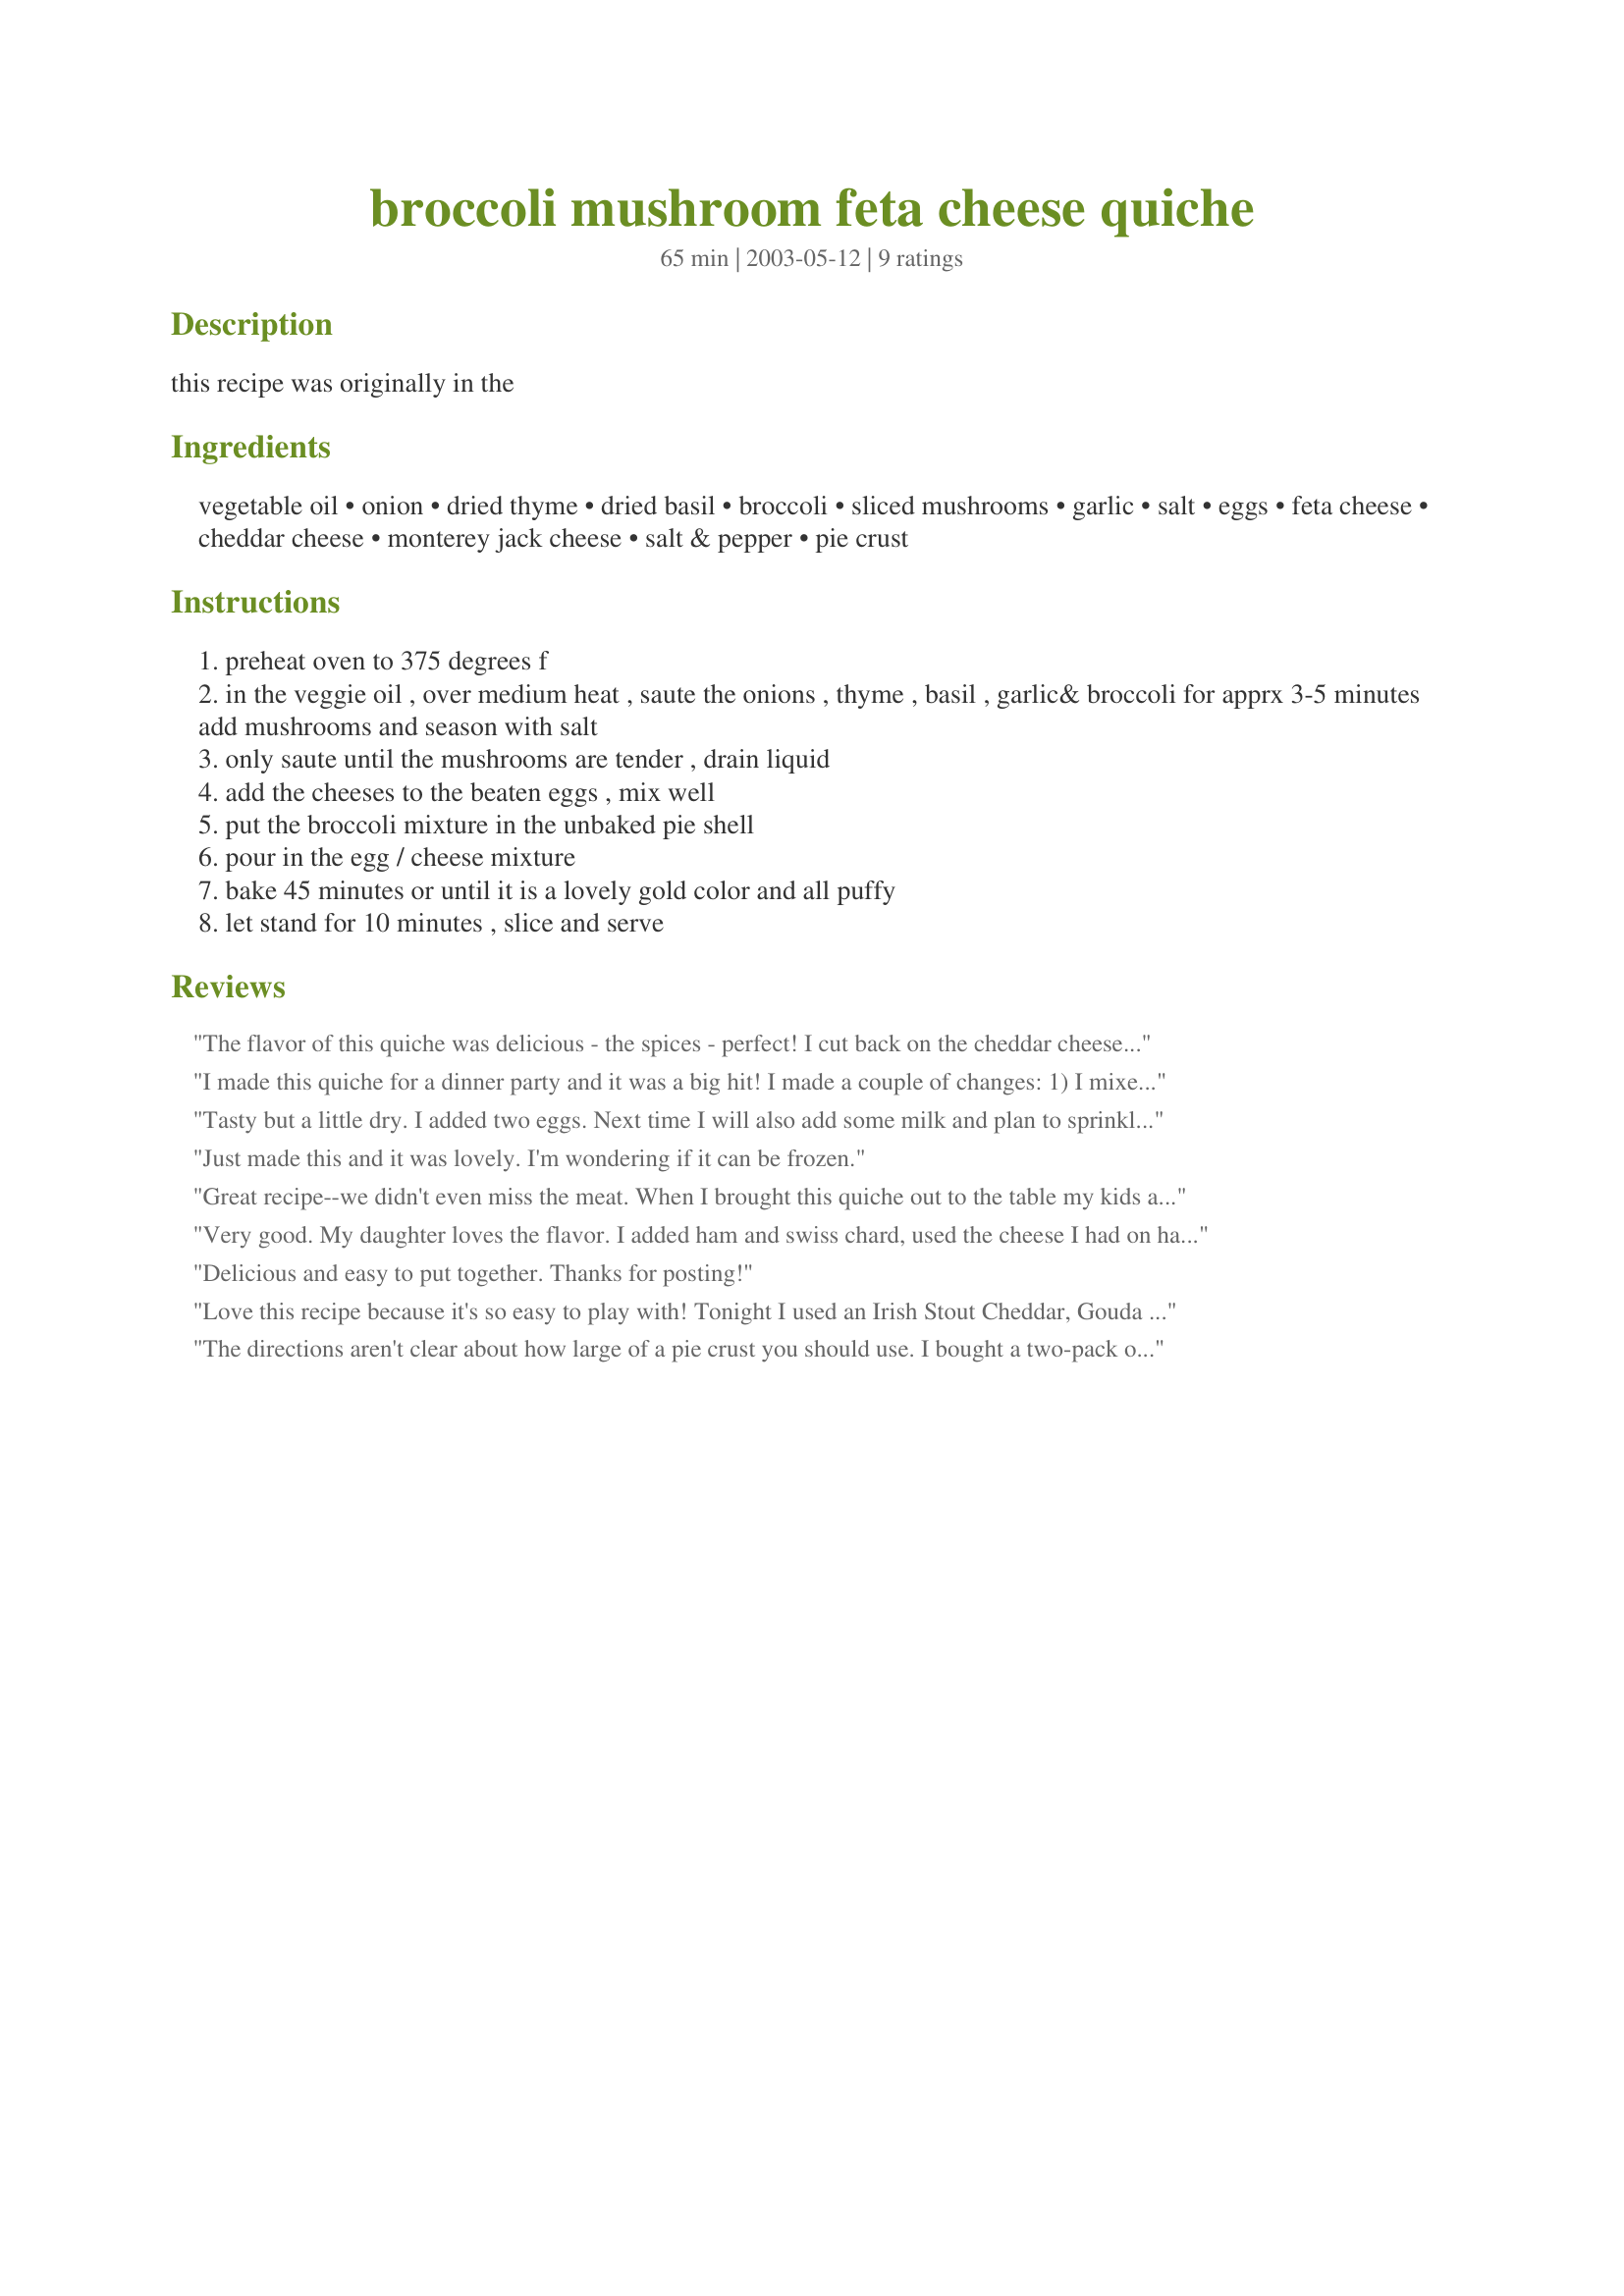
broccoli mushroom feta cheese quiche
Preparation time: 65 minutes

this recipe was originally in the

Ingredients:
vegetable oil, onion, dried thyme, dried basil, broccoli, sliced mushrooms, garlic, salt, eggs, feta cheese, cheddar cheese, monterey jack cheese, salt & pepper, pie crust

Steps:
preheat oven to 375 degrees f
in the veggie oil , over medium heat , saute the onions , thyme , basil , garlic& broccoli for apprx 3-5 minutes add mushrooms and season with salt
only saute until the mushrooms are tender , drain liquid
add the cheeses to the beaten eggs , mix well
put the broccoli mixture in the unbaked pie shell
pour in the egg / cheese mixture
bake 45 minutes or until it is a lovely gold color and all puffy
let stand for 10 minutes , slice and serve

Reviews:
The flavor of this quiche was delicious - the spices - perfect! I cut back on the cheddar cheese to only 1 cup. I also used 1/2 cup chopped onion and I mixed 3 green onions in the egg and cheese mixture. Into the broccoli mixture I added a grilled chicken breast that was seasoned with salt, pepper, garlic powder and onion powder. My husband said he would eat this, but he wanted some meat in it. I like this, but I didn't care for the fact that the egg and cheese mixture was more of a topping. I will make it again but I will mix all ingredients together so that it binds together more.
I made this quiche for a dinner party and it was a big hit! I made a couple of changes: 1) I mixed the veggies and toppings together to keep it more cohesive. 2) I considerably reduced the amount of shredded cheese- 1/2 cup in the mixture, 1/2 cup sprinkled on top. I made them in 12 mini cupcake sized pie crusts so baking time was reduced by 15 minutes. Delicious!
Tasty but a little dry. I added two eggs. Next time I will also add some milk and plan to sprinkle the cheese over the broccoli they pour the milk and egg mixture over the top. I will also cut back a bit on the cheese.
Just made this and it was lovely. I'm wondering if it can be frozen.
Great recipe--we didn't even miss the meat. When I brought this quiche out to the table my kids asked if we were having pizza pie for dinner--it looked so yummy and smelled great when it was cooking. We ate every crumb. The only change I may make next time is to use a bigger pie pan instead of using a store-bought frozen pie crust which I used this time.
Very good. My daughter loves the flavor. I added ham and swiss chard, used the cheese I had on hand (mild cheddar, mozzarella, and goat cheese.). I cooked the majority in a pie crust (better),the left over mix in a muffin pan(good) the pie crust gives the Quiche a nice taste and crunch.
Delicious and easy to put together. Thanks for posting!
Love this recipe because it's so easy to play with! Tonight I used an Irish Stout Cheddar, Gouda with mustard seeds, buffalo ricotta, and a gorgonzola/walnut cheese spread. I didn't have broccoli so I substituted romanesco. I didn't have mushrooms so I used 4 oz. of diced panchetta. Absolutely devine!
The directions aren't clear about how large of a pie crust you should use. I bought a two-pack of 9" diameter frozen pie crusts. This recipe was almost enough to fill both crusts. I added 2 more eggs and 0.75 cups additional Monterey Jack cheese to the cheese/egg mix to top off the crusts. The quiches baked in just under 30 minutes. Delicious! We will be making this recipe again.
